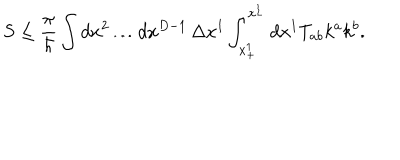
S \leq { \frac { \pi } { \hbar } } \int d x ^ { 2 } \ldots d x ^ { D - 1 } \, \Delta x ^ { 1 } \int _ { x _ { + } ^ { 1 } } ^ { x _ { - } ^ { 1 } } d x ^ { 1 } T _ { a b } k ^ { a } k ^ { b } .